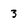
Character: 3